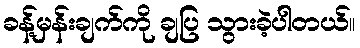
ခန့်မှန်းချက်ကို ချပြ သွားခဲ့ပါတယ်။